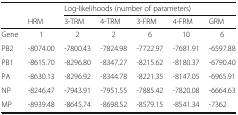
| <ROWSPAN=2>  |  | <COLSPAN=5> Log-likelihoods (number of parameters) |
 | HRM | 3-TRM | 4-TRM | 3-FRM | 4-FRM | GRM |
 | --- | --- | --- | --- | --- | --- | --- |
 | Gene | 1 | 2 | 2 | 6 | 10 | 6 |
 | PB2 | -8074.00 | -7800.43 | -7824.98 | -7722.97 | -7681.91 | -6597.88 |
 | PB1 | -8615.70 | -8296.80 | -8347.27 | -8215.62 | -8180.37 | -6790.40 |
 | PA | -8630.13 | -8296.92 | -8344.78 | -8221.35 | -8147.05 | -6965.91 |
 | NP | -8246.47 | -7943.91 | -7951.55 | -7885.42 | -7820.08 | -6664.63 |
 | MP | -8939.48 | -8645.74 | -8698.52 | -8579.15 | -8541.34 | -7362 |